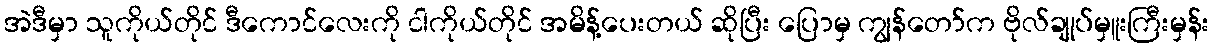
အဲဒီမှာ သူကိုယ်တိုင် ဒီကောင်လေးကို ငါကိုယ်တိုင် အမိန့်ပေးတယ် ဆိုပြီး ပြောမှ ကျွန်တော်က ဗိုလ်ချုပ်မှူးကြီးမှန်း